Insane asylums in Bengal annual reports 1867-1875 - 1867-1875
Year: 1867
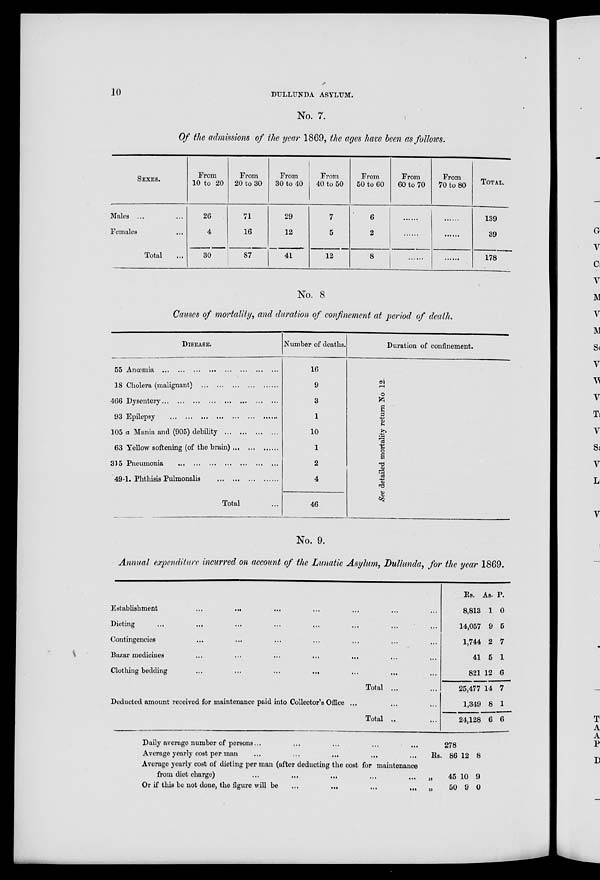
10
DULLUNDA ASYLUM.
No. 7.
Of the admissions of the year 1869, the ages have been as follows.
SEXES.
Males ... ...
Females ...
Total ...
From
10 to 20
26
4
30
From
20 to 30
71
16
87
From
30 to 40
29
12
41
From
40 to 50
7
5
12
From
50 to 60
6
2
8
From
60 to 70
......
.....
......
From
70 to 80
......
......
......
TOTAL.
139
39
178
No. 8
Causes of mortality, and duration of confinement at period of death.
DISEASES.
55 Anœmia
...
...
...
...
...
...
...
18 Cholera (malignant) ... ... ... ... ......
466
Dysentery... ... ... ... ... ... ...
93 Epilepsy ... ... ... ... ... ... ...
105 a Mania and (905) debility ... ... ... ...
63 Yellow softening (of the brain) .. ... ....
315 Pneumonia ... ... ... ... ... ... ...
49-1. Phthisis Pulmonalis
...
...
...
......
Total ...
Number of deaths.
16
9
3
1
10
1
2
4
46
Duration of confinement.
See d e t a i l e d m o r t a l i t y r e t u r n No 12.
No. 9.
Annual expenditure incurred on account of the Lunatic Asylum, Dullunda, for the year 1869.
Establishment ... ... ... ... ... ... ...
Dieting ... ... ... ... ... ... ... ...
Contingencies ... ... ... ... ... ... ...
Bazar medicines ... ... ... ... ... ... ...
Clothing bedding
...
...
...
...
...
...
...
Total ... ...
Deducted amount received for maintenance paid into Collector's Office ... ... ...
Total ...
Rs.
8,813
14,057
1,744
41
821
25,477
1,349
24,128
As.
1
9
2
5
12
14
8
6
P.
0
5
7
1
6
7
1
6
Daily average number of persons ...
...
...
...
...
278
Average yearly cost per man ... ... ... ... ...
Average yearly cost of dieting per man (after deducting the cost for maintenance
from diet charge)
...
...
...
...
...
Or if this be not done, the figure will be
...
...
...
...
Rs.
„
„
86
45
50
12
10
9
8
9
0